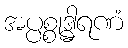
အပ္ပစ္စုဒ္ဓါရဏံ